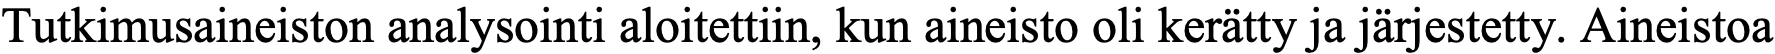
Tutkimusaineiston analysointi aloitettiin, kun aineisto oli kerätty ja järjestetty. Aineistoa